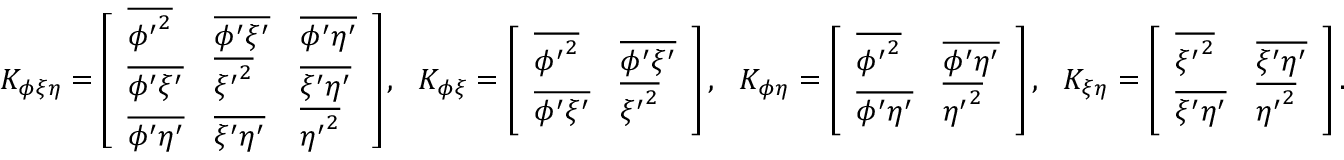
\begin{array} { r } { { K } _ { \phi \xi \eta } = \left[ \begin{array} { l l l } { \overline { { { \phi ^ { \prime } } ^ { 2 } } } } & { \overline { { \phi ^ { \prime } \xi ^ { \prime } } } } & { \overline { { \phi ^ { \prime } \eta ^ { \prime } } } } \\ { \overline { { \phi ^ { \prime } \xi ^ { \prime } } } } & { \overline { { { \xi ^ { \prime } } ^ { 2 } } } } & { \overline { { \xi ^ { \prime } \eta ^ { \prime } } } } \\ { \overline { { \phi ^ { \prime } \eta ^ { \prime } } } } & { \overline { { \xi ^ { \prime } \eta ^ { \prime } } } } & { \overline { { { \eta ^ { \prime } } ^ { 2 } } } } \end{array} \right] , \ \ { K } _ { \phi \xi } = \left[ \begin{array} { l l } { \overline { { { \phi ^ { \prime } } ^ { 2 } } } } & { \overline { { \phi ^ { \prime } \xi ^ { \prime } } } } \\ { \overline { { \phi ^ { \prime } \xi ^ { \prime } } } } & { \overline { { { \xi ^ { \prime } } ^ { 2 } } } } \end{array} \right] , \ \ { K } _ { \phi \eta } = \left[ \begin{array} { l l } { \overline { { { \phi ^ { \prime } } ^ { 2 } } } } & { \overline { { \phi ^ { \prime } \eta ^ { \prime } } } } \\ { \overline { { \phi ^ { \prime } \eta ^ { \prime } } } } & { \overline { { { \eta ^ { \prime } } ^ { 2 } } } } \end{array} \right] , \ \ { K } _ { \xi \eta } = \left[ \begin{array} { l l } { \overline { { { \xi ^ { \prime } } ^ { 2 } } } } & { \overline { { \xi ^ { \prime } \eta ^ { \prime } } } } \\ { \overline { { \xi ^ { \prime } \eta ^ { \prime } } } } & { \overline { { { \eta ^ { \prime } } ^ { 2 } } } } \end{array} \right] . } \end{array}